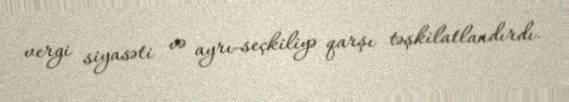
vergi siyasəti və ayrı-seçkiliyə qarşı təşkilatlandırdı.